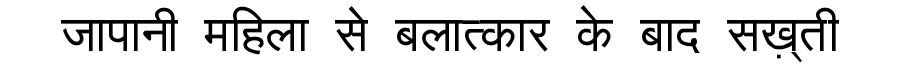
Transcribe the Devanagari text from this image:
जापानी महिला से बलात्कार के बाद सख़्ती